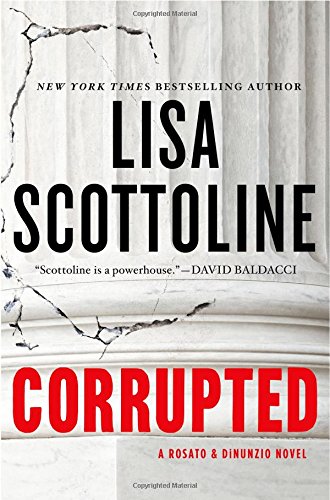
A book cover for Corrupted: A Rosato & DiNunzio Novel; Lisa Scottoline; Mystery, Thriller & Suspense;